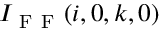
I _ { \mathrm { ~ F ~ F ~ } } ( i , 0 , k , 0 )